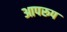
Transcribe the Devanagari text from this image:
आपरूप